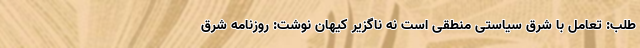
طلب: تعامل با شرق سیاستی منطقی است نه ناگزیر کیهان نوشت: روزنامه شرق